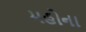
મહોના